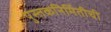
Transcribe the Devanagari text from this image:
पुस्तकनिर्मितीची